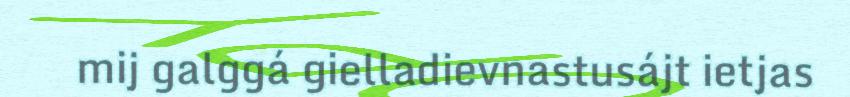
mij galggá gielladievnastusájt ietjas